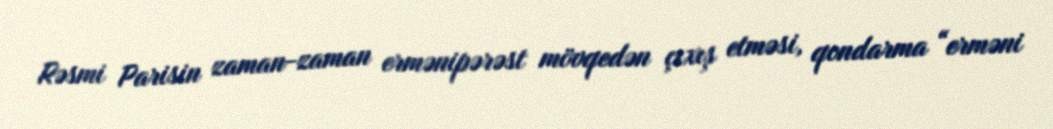
Rəsmi Parisin zaman-zaman ermənipərəst mövqedən çıxış etməsi, qondarma “erməni